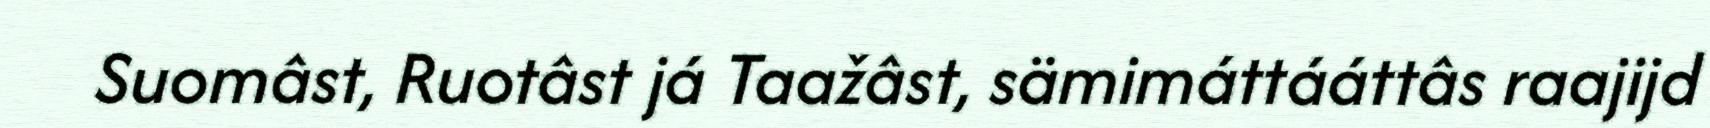
Suomâst, Ruotâst já Taažâst, sämimáttááttâs raajijd